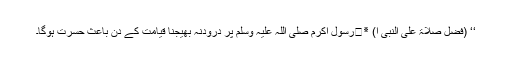
‘‘ (فضل صلاۃ علی النبی ا) ٭	رسول اکرم صلی اللہ علیہ وسلم پر درودنہ بھیجنا قیامت کے دن باعث حسرت ہوگا۔